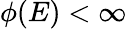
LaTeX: \phi(E)<\infty